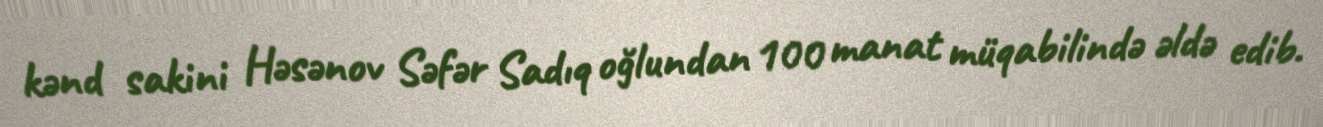
kənd sakini Həsənov Səfər Sadıq oğlundan 100 manat müqabilində əldə edib.